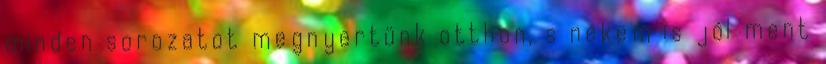
minden sorozatot megnyertünk otthon, s nekem is jól ment